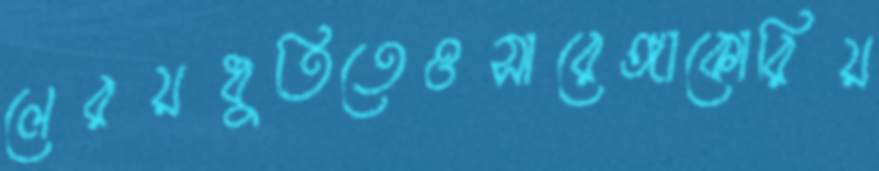
লেরয়ধুতিতেওসারেঙ্গাকোরিয়